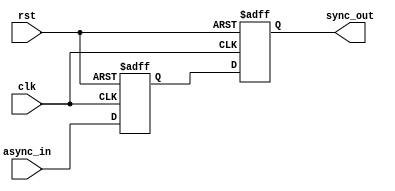
module two_ff_metastability_detector (
    input wire clk,          // Clock signal
    input wire async_in,     // Asynchronous input signal
    input wire rst,          // Optional reset signal
    output reg sync_out      // Synchronized output signal
);

// Internal signals for the first and second flip-flops
reg ff1_out; // Output of the first flip-flop

// First flip-flop (FF1)
always @(posedge clk or posedge rst) begin
    if (rst) begin
        ff1_out <= 1'b0; // Initialize FF1 to a known state
    end else begin
        ff1_out <= async_in; // Sample the asynchronous input
    end
end

// Second flip-flop (FF2)
always @(posedge clk or posedge rst) begin
    if (rst) begin
        sync_out <= 1'b0; // Initialize FF2 to a known state
    end else begin
        sync_out <= ff1_out; // Capture the output of FF1
    end
end

endmodule